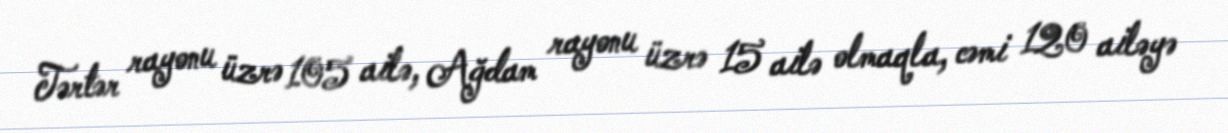
Tərtər rayonu üzrə 105 ailə, Ağdam rayonu üzrə 15 ailə olmaqla, cəmi 120 ailəyə